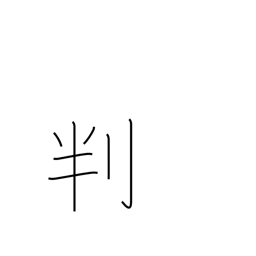
Meaning: signature